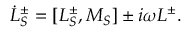
\dot { L } _ { S } ^ { \pm } = [ L _ { S } ^ { \pm } , M _ { S } ] \pm i \omega L ^ { \pm } .